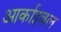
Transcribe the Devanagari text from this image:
आर्काइवल